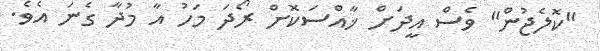
"ކޮލެޖުން" ވެސް އީދަށް ޚާއްސަކޮށް ރޯދަ މަހު އާ މުދާ ގެނަ އެވެ.